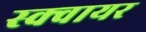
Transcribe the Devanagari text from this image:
स्‍क्‍वायर